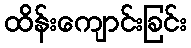
ထိန်းကျောင်းခြင်း